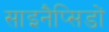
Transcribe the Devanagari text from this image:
साइनैप्सिडों